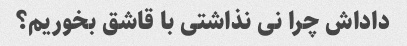
داداش چرا نی نذاشتی با قاشق بخوریم؟